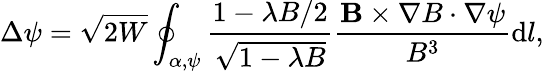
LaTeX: \Delta\psi=\sqrt{2W}\oint_{\alpha,\psi}\frac{1-\lambda B/2}{\sqrt{1-\lambda B}}\frac{\mathbf{B}\times\nabla B\cdot\nabla\psi}{B^{3}}\mathrm{d}l,